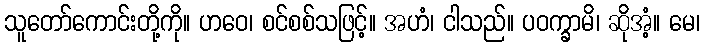
သူတော်ကောင်းတို့ကို။ ဟဝေ၊ စင်စစ်သဖြင့်။ အဟံ၊ ငါသည်။ ပဝက္ခာမိ၊ ဆိုအံ့။ မေ၊